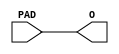
module MISTRAL_IB((* iopad_external_pin *)  input PAD, output O);
	assign O = PAD;
endmodule

module MISTRAL_OB((* iopad_external_pin *)  output PAD, input I);
	assign PAD = I;
endmodule

module MISTRAL_IO((* iopad_external_pin *)  inout PAD, input I, input OE, output O);
	assign PAD = OE ? I : 1'bz;
	assign O = PAD;
endmodule

// Eventually, we should support clock enables and model them here too.
// For now, CLKENA is used as a basic entry point to global routing.
module MISTRAL_CLKBUF (
	input A,
	(* clkbuf_driver *) output Q
);
	assign Q = A;
endmodule